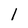
Character: 1